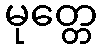
မုတ္တေ